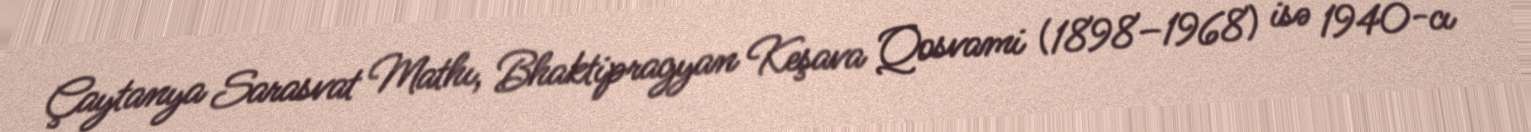
Çaytanya Sarasvat Mathı, Bhaktipragyan Keşava Qosvami (1898–1968) isə 1940-cı